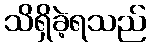
သိရှိခဲ့ရသည်